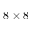
8 \times 8